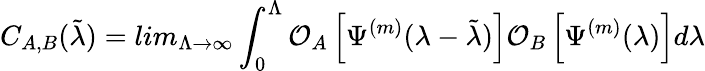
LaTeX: C_{A,B}(\tilde{\lambda})=lim_{\Lambda\to\infty}\int_{0}^{\Lambda}\mathcal O_{A}\left[\Psi^{(m)}(\lambda-\tilde{\lambda})\right]\mathcal O_{B}\left[\Psi^{(m)}(\lambda)\right]d\lambda